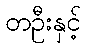
တဦးနှင့်